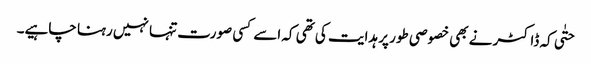
حتٰی کہ ڈاکٹر نے بھی خصوصی طور پر ہدایت کی تھی کہ اسے کسی صورت تنہا نہیں رہنا چاہیے۔